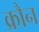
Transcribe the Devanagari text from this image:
क्रौन